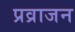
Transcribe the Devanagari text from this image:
प्रव्राजन